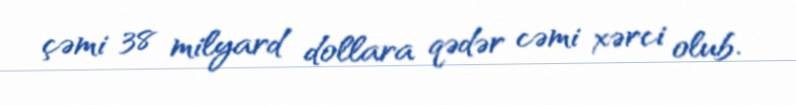
çəmi 38 milyard dollara qədər cəmi xərci olub.